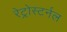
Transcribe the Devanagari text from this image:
रेट्रोस्टर्नल